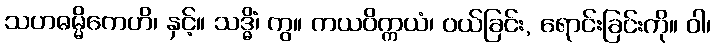
သဟဓမ္မိကေဟိ၊ နှင့်။ သဒ္ဓိံ၊ ကွ။ ကယဝိက္ကယံ၊ ဝယ်ခြင်း, ရောင်းခြင်းကို။ ဝါ၊